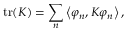
\operatorname { t r } ( K ) = \sum _ { n } \left\langle \varphi _ { n } , K \varphi _ { n } \right\rangle ,